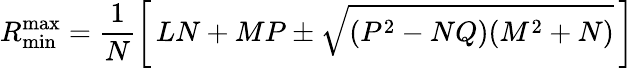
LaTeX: R_{\mathrm{min}}^{\mathrm{max}}=\frac{1}{N}\left[\, LN+MP\pm\sqrt{(P^{2}-NQ)(M^{2}+N)}\, \right]